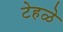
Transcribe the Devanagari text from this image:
टेहळे